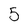
Character: 5